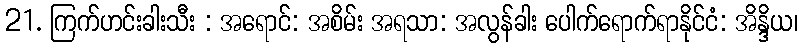
21. ကြက်ဟင်းခါးသီး : အရောင်: အစိမ်း အရသာ: အလွန်ခါး ပေါက်ရောက်ရာနိုင်ငံ: အိန္ဒိယ၊